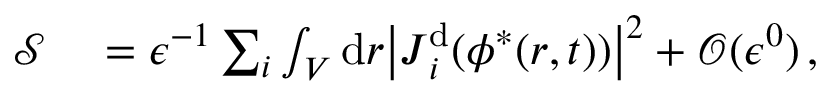
\begin{array} { r l } { \mathcal { S } } & { { } = \epsilon ^ { - 1 } \sum _ { i } \int _ { V } \mathrm { d } \boldsymbol { r } \big \vert \boldsymbol { J } _ { i } ^ { \mathrm { d } } ( \phi ^ { * } ( \boldsymbol { r } , t ) ) \big \vert ^ { 2 } + \mathcal { O } ( \epsilon ^ { 0 } ) \, , } \end{array}